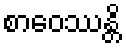
စာဝေဿန္တိ